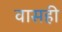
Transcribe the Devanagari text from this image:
वासही